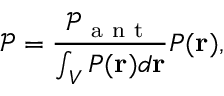
\mathcal { P } = \frac { \mathcal { P } _ { \mathrm { ~ a ~ n ~ t ~ } } } { \int _ { V } P ( \mathbf { r } ) d \mathbf { r } } P ( \mathbf { r } ) ,